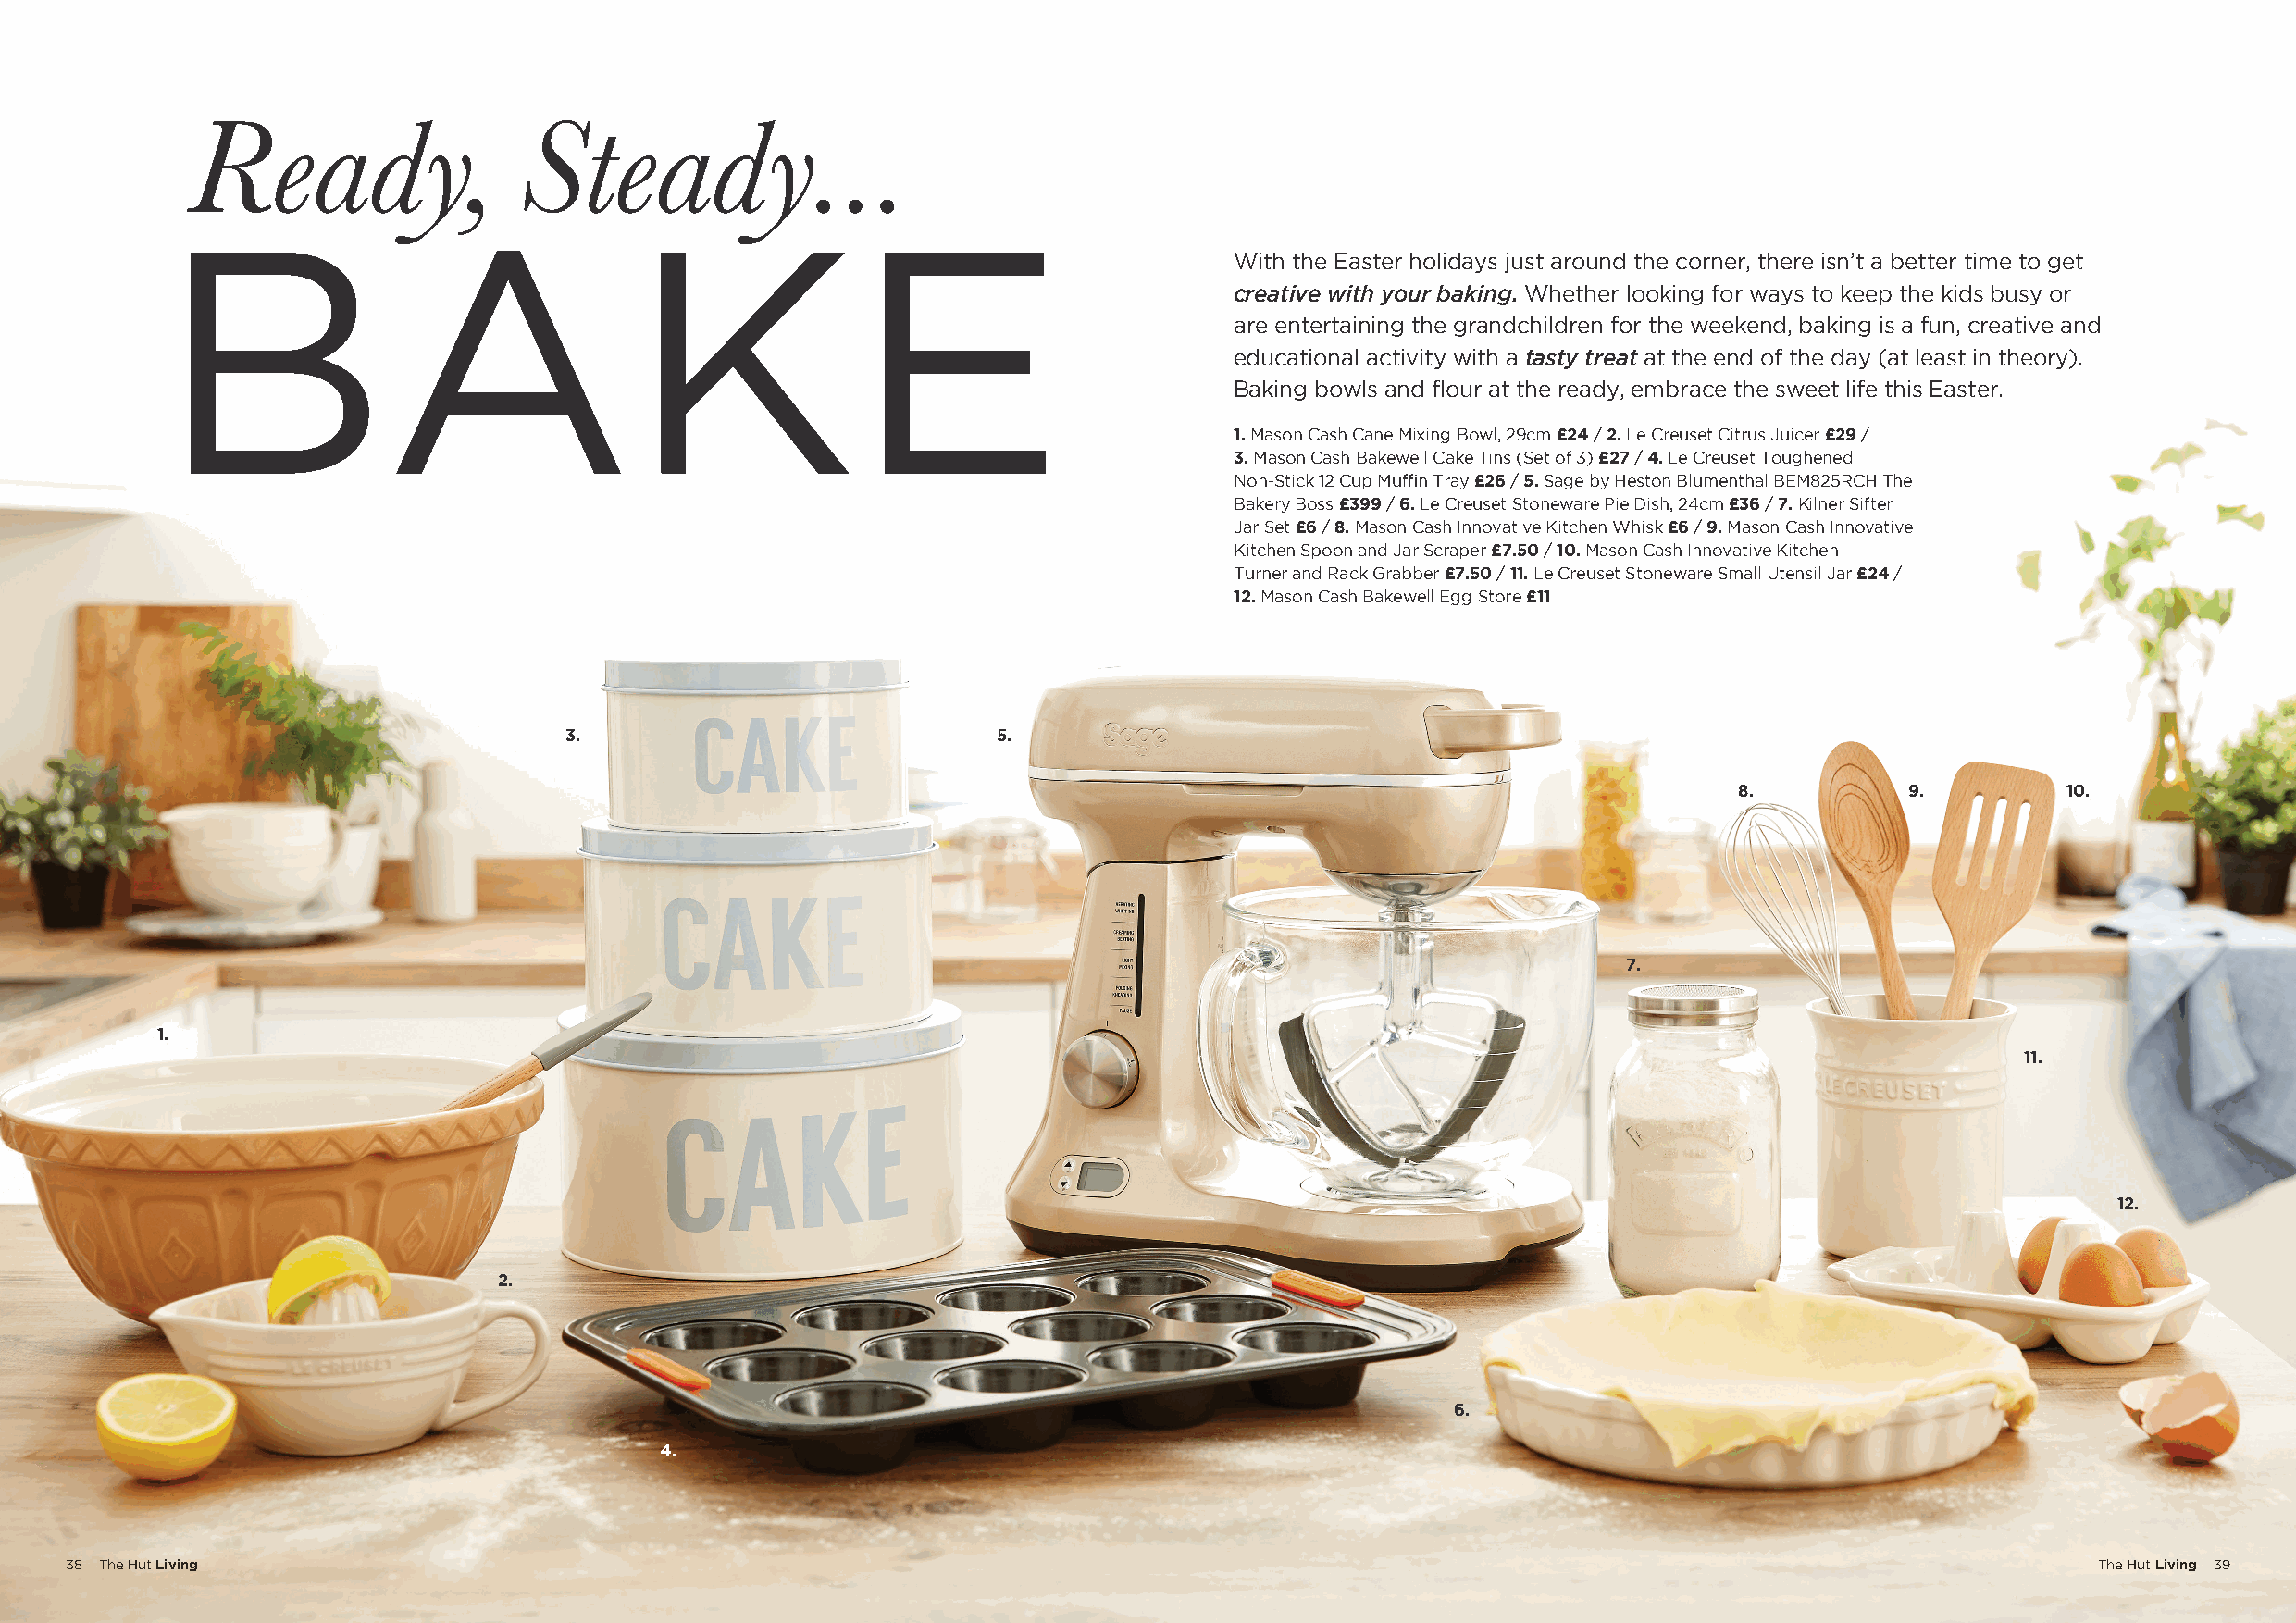
Ready,                  Steady...
 BAKE
 With the Easter holidays just around the corner, there isn’t a better time to get
 creative with your baking. Whether looking for ways to keep the kids busy or
 are entertaining the grandchildren for the weekend, baking is a fun, creative and
 educational activity with a tasty treat at the end of the day (at least in theory).
 Baking bowls and flour at the ready, embrace the sweet life this Easter.
 1. Mason Cash Cane Mixing Bowl, 29cm £24 / 2. Le Creuset Citrus Juicer £29 /
 3. Mason Cash Bakewell Cake Tins (Set of 3) £27 / 4. Le Creuset Toughened
 Non-Stick 12 Cup Muffin Tray £26 / 5. Sage by Heston Blumenthal BEM825RCH The
 Bakery Boss £399 / 6. Le Creuset Stoneware Pie Dish, 24cm £36 / 7. Kilner Sifter
 Jar Set £6 / 8. Mason Cash Innovative Kitchen Whisk £6 / 9. Mason Cash Innovative
 Kitchen Spoon and Jar Scraper £7.50 / 10. Mason Cash Innovative Kitchen
 Turner and Rack Grabber £7.50 / 11. Le Creuset Stoneware Small Utensil Jar £24 /
 12. Mason Cash Bakewell Egg Store £11
 3.                             5.
 8.          9.          10.
 7.
 1.
 11.
 12.
 2.
 6.
 4.
 38 The Hut Living                                                                                                                                The Hut Living 39